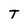
Character: T